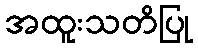
အထူးသတိပြု